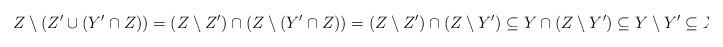
LaTeX: \begin{align*}Z\setminus(Z'\cup(Y'\cap Z)) &= (Z\setminus Z')\cap(Z\setminus(Y'\cap Z))=(Z\setminus Z')\cap(Z\setminus Y') \subseteq Y\cap(Z\setminus Y')\subseteq Y\setminus Y' \subseteq X.\end{align*}